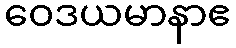
ဝေဒယမာနာဧ